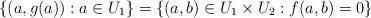
LaTeX: \begin{align*}\{ (a,g(a)) : a \in U_1 \} = \{ (a,b) \in U_1 \times U_2 : f(a,b) = 0 \}\end{align*}